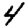
Digit: 4